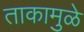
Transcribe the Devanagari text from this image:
ताकामुळे